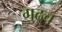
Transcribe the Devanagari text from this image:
गुढच